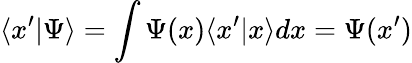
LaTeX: \langle x^{\prime}|\Psi\rangle=\int\Psi(x)\langle x^{\prime}|x\rangle dx=\Psi(x^{\prime})